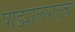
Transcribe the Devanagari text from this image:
पाड्यालगतच